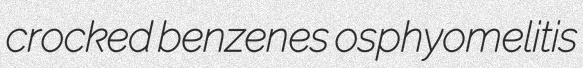
crocked benzenes osphyomelitis